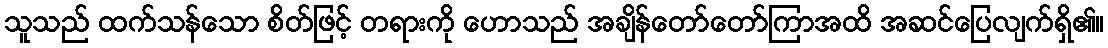
သူသည် ထက်သန်သော စိတ်ဖြင့် တရားကို ဟောသည် အချိန်တော်တော်ကြာအထိ အဆင်ပြေလျက်ရှိ၏။